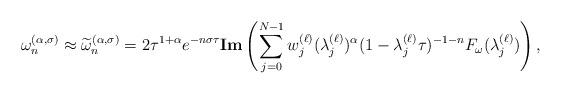
LaTeX: \begin{align*}\omega_n^{(\alpha,\sigma)}\approx\widetilde{\omega}_n^{(\alpha,\sigma)}= 2\tau^{1+\alpha} e^{-n\sigma\tau} \mathbf{Im}\left(\sum_{j=0}^{N-1}w_j^{(\ell)}(\lambda_j^{(\ell)})^{\alpha}(1-\lambda^{(\ell)}_j\tau)^{-1-n}F_{\omega}(\lambda^{(\ell)}_j) \right),\end{align*}